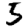
Digit: 5